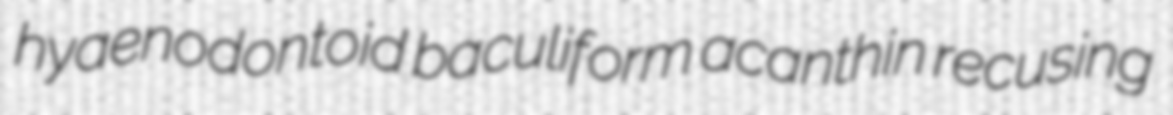
hyaenodontoid baculiform acanthin recusing